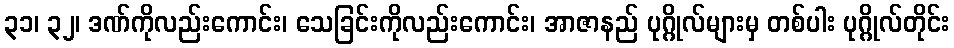
၃၁၊ ၃၂၊ ဒဏ်ကိုလည်းကောင်း၊ သေခြင်းကိုလည်းကောင်း၊ အာဇာနည် ပုဂ္ဂိုလ်များမှ တစ်ပါး ပုဂ္ဂိုလ်တိုင်း